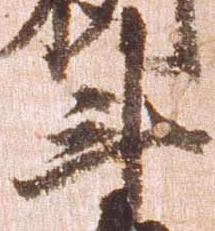
斗